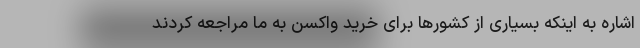
اشاره به اینکه بسیاری از کشورها برای خرید واکسن به ما مراجعه کردند